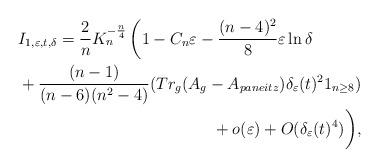
LaTeX: \begin{align*}\begin{multlined}I_{1,\varepsilon,t,\delta}= \dfrac{2}{n}K_n^{-\frac{n}{4}}\left(1-C_n \varepsilon-\dfrac{(n-4)^2}{8}\varepsilon \ln \delta\right. \\ +\dfrac{(n-1)}{(n-6)(n^2-4)}(Tr_g (A_g- A_{paneitz}) \delta_\varepsilon (t)^2 1_{n\geq 8})\\+ o(\varepsilon)+O(\delta_\varepsilon (t)^4)\bigg),\end{multlined}\end{align*}